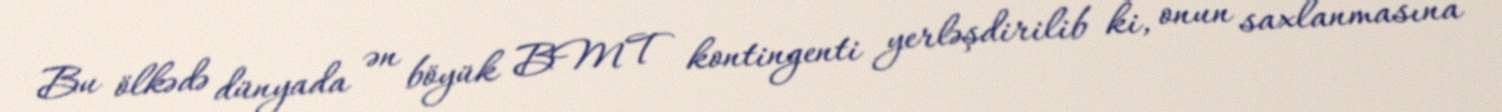
Bu ölkədə dünyada ən böyük BMT kontingenti yerləşdirilib ki, onun saxlanmasına